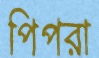
পিপরা